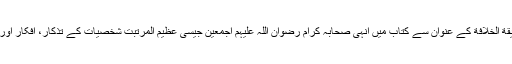
شیخ الاسلام ڈاکٹر محمد طاہر القادری نے مَکَانَةُ الصُّحْبَة وَحَقِیْقَةُ الْخِلَافَة کے عنوان سے کتاب میں انہی صحابہ کرام رضوان اللہ علیہم اجمعین جیسی عظیم المرتبت شخصیات کے تذکار، اَفکار اور اَنوار کی تجلیات کو علمی و تحقیقی انداز سے قلم بند کیا ہے۔